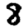
Digit: 8